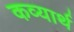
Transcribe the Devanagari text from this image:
कव्यार्थ